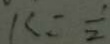
k = \frac { 1 } { 2 }